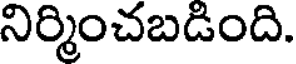
నిర్మించబడింది.